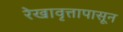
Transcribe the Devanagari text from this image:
रेखावृत्तापासून